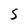
Character: S